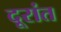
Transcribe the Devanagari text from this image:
दूरांत